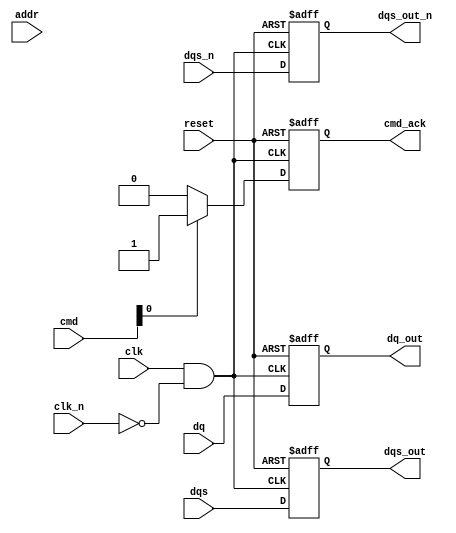
module gddr6x_io_block #(
    parameter DATA_WIDTH = 16,           // Width of DQ lines
    parameter CMD_WIDTH = 4,             // Width of CMD signals
    parameter ADDR_WIDTH = 32,            // Width of Address lines
    parameter DQS_SENSITIVITY = 1         // DQS sensitivity for calibration
)(
    // Input signals
    input wire [DATA_WIDTH-1:0] dq,              // Data signals
    input wire [ADDR_WIDTH-1:0] addr,            // Address signals
    input wire [CMD_WIDTH-1:0] cmd,              // Command signals
    input wire clk,                               // Clock signal
    input wire clk_n,                             // Inverted clock signal
    input wire dqs,                               // Data Strobe
    input wire dqs_n,                             // Inverted Data Strobe
    input wire reset,                             // Reset signal

    // Output signals
    output wire [DATA_WIDTH-1:0] dq_out,         // Data output
    output wire dqs_out,                          // Data Strobe output
    output wire dqs_out_n,                        // Inverted Data Strobe output
    output wire cmd_ack                            // Command acknowledgment
);

// Internal signals
reg [DATA_WIDTH-1:0] dq_buffer;                      // Buffer for data
reg dqs_buffer, dqs_n_buffer;                         // Buffers for DQS
reg cmd_ack_reg;                                       // Acknowledgment register
wire clk_posedge, clk_negedge;                        // Clock edge signals

// Clock edge detection
assign clk_posedge = clk && ~clk_n;
assign clk_negedge = ~clk && clk_n;

// Data capture logic
always @(posedge clk_posedge or negedge reset) begin
    if (!reset) begin
        dq_buffer <= 0;
        dqs_buffer <= 0;
        dqs_n_buffer <= 0;
        cmd_ack_reg <= 0;
    end else begin
        dq_buffer <= dq;  // Capture data
        dqs_buffer <= dqs; // Capture DQS
        dqs_n_buffer <= dqs_n; // Capture inverted DQS

        // Command Acknowledgment Logic
        if (cmd[0] == 1) begin // Example command
            cmd_ack_reg <= 1;
        end else begin
            cmd_ack_reg <= 0;
        end
    end
end

// Output assignments
assign dq_out = dq_buffer;              // Output data signals
assign dqs_out = dqs_buffer;            // Output DQS
assign dqs_out_n = dqs_n_buffer;        // Output inverted DQS
assign cmd_ack = cmd_ack_reg;            // Command acknowledgment output

// Additional features can be implemented here.
// - Timing logic
// - Calibration mechanisms for DQS
// - Termination logic for driving outputs
// - Power management modes based on operational requirements
// - Error detection and correction mechanisms

endmodule